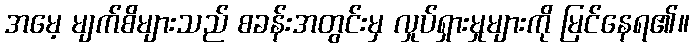
အမေ့ မျက်စိများသည် စခန်းအတွင်းမှ လှုပ်ရှားမှုများကို မြင်နေရ၏။